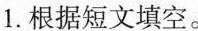
1.根据短文填空。